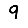
Digit: 9